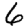
Digit: 6